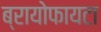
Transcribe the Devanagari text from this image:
ब्रायोफायटा